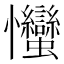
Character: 𢦈